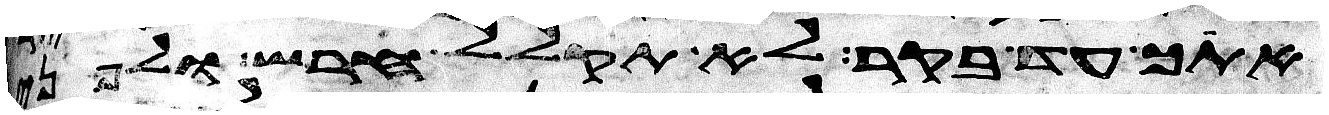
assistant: אתך עד בקר לא תקלל חרש ולפני